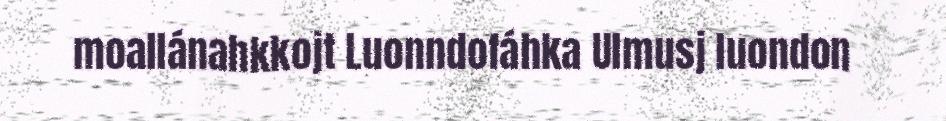
moallánahkkojt Luonndofáhka Ulmusj luondon